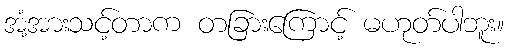
အံ့အားသင့်တာက တခြားကြောင့် မဟုတ်ပါဘူး။